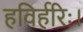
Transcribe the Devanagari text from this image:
हविर्हरिः।